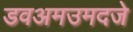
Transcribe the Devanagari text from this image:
डवअमउमदजे